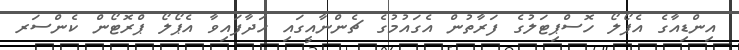
އިންޑިއާގެ އެޕޯލޯ ހޮސްޕިޓަލުގެ ފަރާތުން އެގައުމުގެ ޗެންނާއީގައި ހަދާފައިވާ އެޕޯލޯ ޕްރޮޓޯން ކެންސަރ